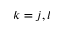
k = j , l